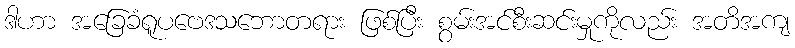
ဒါဟာ အခြေခံရူပဗေဒသဘောတရား ဖြစ်ပြီး စွမ်းအင်စီးဆင်းမှုကိုလည်း အတိအကျ